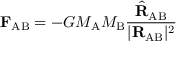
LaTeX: \mathbf { F } _ { \mathrm { A B } } = - G M _ { \mathrm { A } } M _ { \mathrm { B } } { \frac { { \hat { \mathbf { R } } } _ { \mathrm { A B } } } { | \mathbf { R } _ { \mathrm { A B } } | ^ { 2 } } }